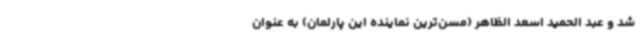
شد و عبد الحمید اسعد الظاهر (مسن‌ترین نماینده این پارلمان) به عنوان